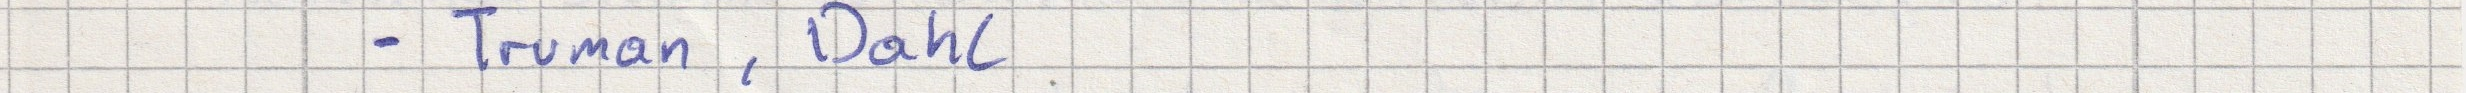
- Truman, Dahl